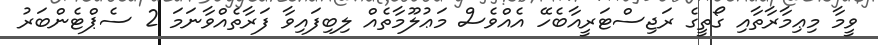
ވީމާ މިޢިމާރާތާއި ގޯތީގެ ރަޖިސްޓަރީއާބެހޭ އެއްވެސް މަޢުލޫމާތެއް ލިބިފައިވާ ފަރާތެއްވާނަމަ 2 ސެޕްޓެންބަރު